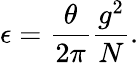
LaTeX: \epsilon=\frac{\theta}{2\pi}\frac{g^{2}}{N}.